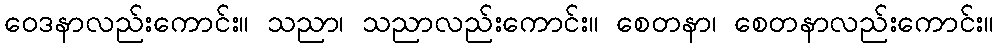
ဝေဒနာလည်းကောင်း။ သညာ၊ သညာလည်းကောင်း။ စေတနာ၊ စေတနာလည်းကောင်း။